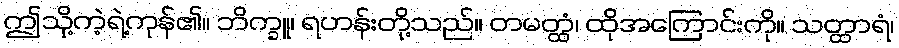
ဤသို့ကဲ့ရဲ့ကုန်၏။ ဘိက္ခူ၊ ရဟန်းတို့သည်။ တမတ္ထံ၊ ထိုအကြောင်းကို။ သတ္ထာရံ၊